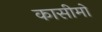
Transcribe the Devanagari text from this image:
कासीमो